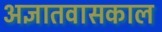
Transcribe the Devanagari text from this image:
अज्ञातवासकाल